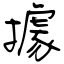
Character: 據